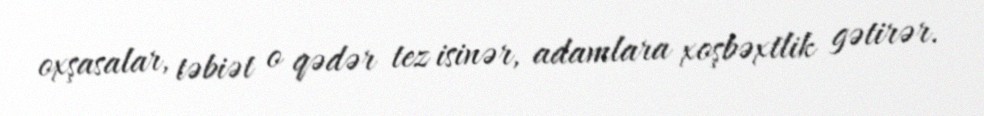
oxşasalar, təbiət o qədər tez isinər, adamlara xoşbəxtlik gətirər.